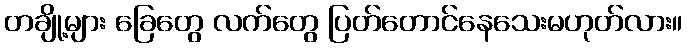
တချို့များ ခြေတွေ လက်တွေ ပြတ်တောင်နေသေးမဟုတ်လား။